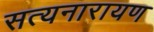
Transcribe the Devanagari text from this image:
सत्‍यनारायण